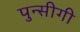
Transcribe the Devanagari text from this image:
पुन्सीगी